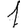
Digit: 1